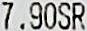
7.90SR